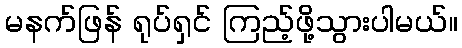
မနက်ဖြန် ရုပ်ရှင် ကြည့်ဖို့သွားပါမယ်။